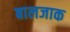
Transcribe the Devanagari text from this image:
बालजाक